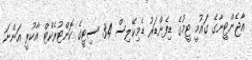
އާޖެންޓީނާގެ ގައުމީ ޓީމުގެ ޑިފެންޑަރު ޑެމިކޭލިސް 34 ސިޓީގެ ކޮންޓުރެކްޓް އާކުރީ އަންނަ